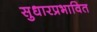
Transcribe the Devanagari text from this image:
सुधारप्रभावित